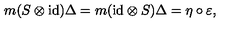
m ( S \otimes \mathrm { i d } ) \Delta = m ( \mathrm { i d } \otimes S ) \Delta = \eta \circ \varepsilon ,